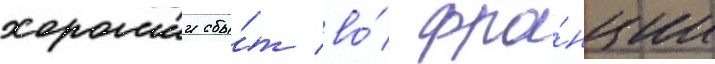
хорошии сбы́т во́ фра́нции